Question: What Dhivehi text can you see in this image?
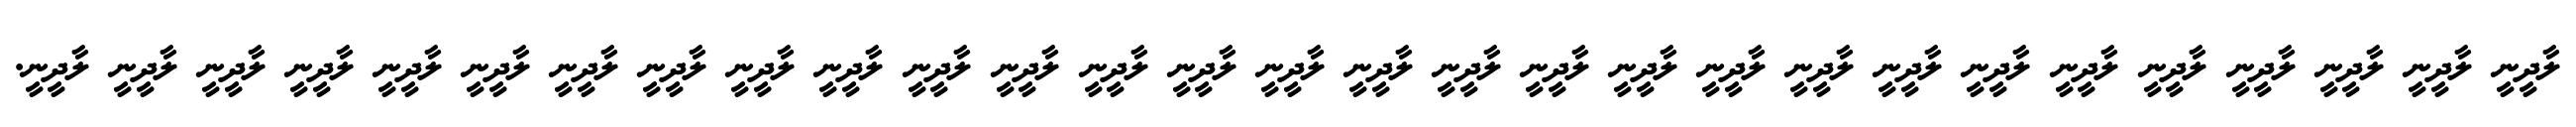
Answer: ލާދީނީ ލާދީނީ ލާދީނީ ލާދީނީ ލާދީނީ ލާދީނީ ލާދީނީ ލާދީނީ ލާދީނީ ލާދީނީ ލާދީނީ ލާދީނީ ލާދީނީ ލާދީނީ ލާދީނީ ލާދީނީ ލާދީނީ ލާދީނީ ލާދީނީ ލާދީނީ ލާދީނީ ލާދީނީ ލާދީނީ ލާދީނީ ލާދީނީ ލާދީނީ ލާދީނީ ލާދީނީ ލާދީނީ.